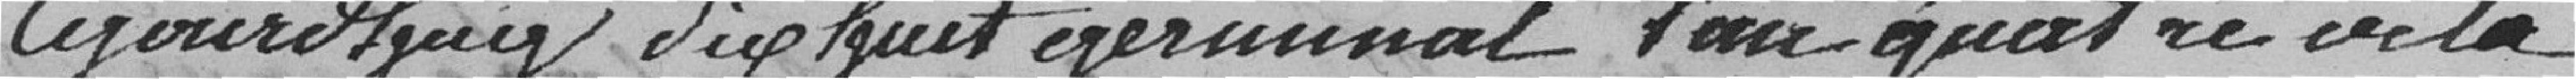
Aujourd'hui dix huit germinal l'an quatre de la